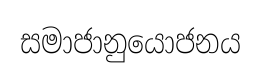
සමාජානුයොජනය